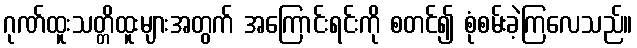
ဂုဏ်ထူးသတ္တိထူးများအတွက် အကြောင်းရင်းကို စတင်၍ စုံစမ်းခဲ့ကြလေသည်။